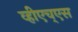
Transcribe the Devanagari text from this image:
व्हीएच्‌एस